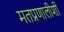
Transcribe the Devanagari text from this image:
मतप्रणालीशी